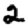
Digit: 2